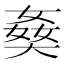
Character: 𡟗